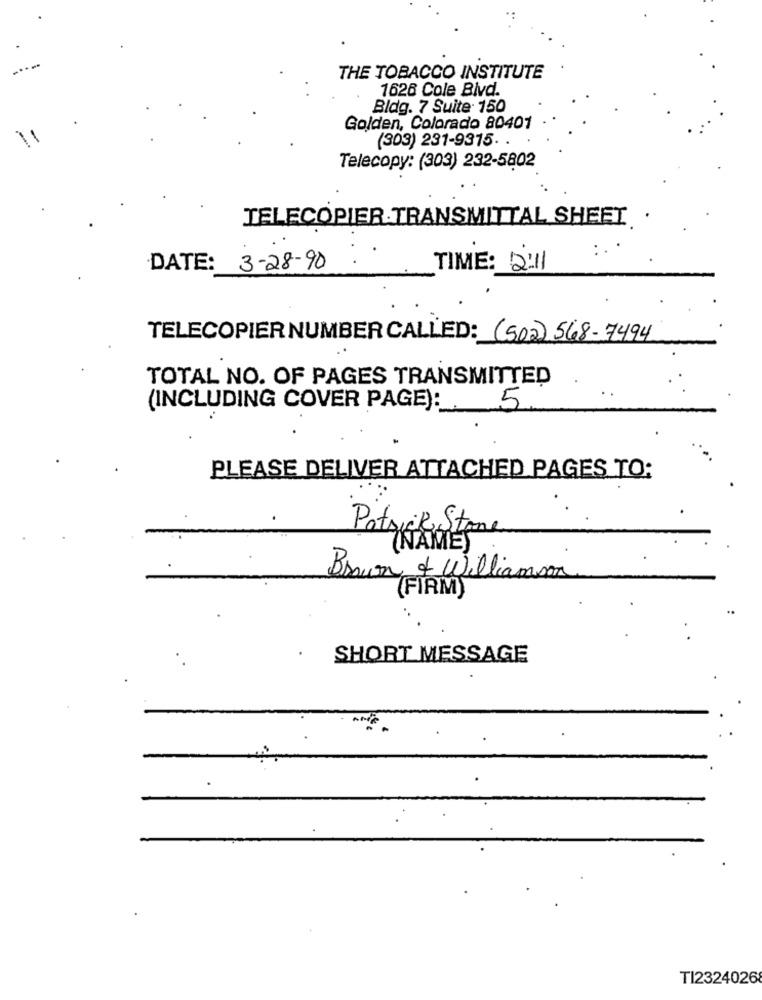
THE TOBACCO INSTITUTE
1626 Cole Blvd.
Bldg. 7 Suite 150
Golden, Colorado 80401
(303) 231-9315.
Telecopy: (303) 232-5802
TELECOPIER TRANSMITTAL SHEET
DATE: 3-28-90
TIME: 2:11
TELECOPIER NUMBER CALLED: (502) 568-7494
TOTAL NO. OF PAGES TRANSMITTED
(INCLUDING COVER PAGE) :_.
5
PLEASE DELIVER ATTACHED PAGES TO:
Patrick Stone
(NAMES
Brown & Williams
(FIRM)
SHORT MESSAGE
TI2324026